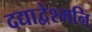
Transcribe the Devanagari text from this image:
दद्याद्वेश्मनि